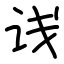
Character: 𬣡